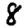
Digit: 8